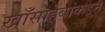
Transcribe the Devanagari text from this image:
खाँसाहेबांकडून